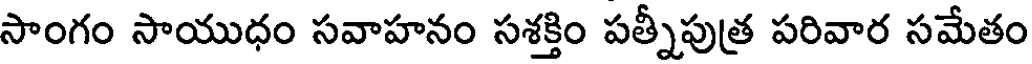
సాంగం సాయుధం సవాహనం సశక్తిం పత్నీపుత్ర పరివార సమేతం